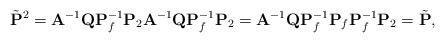
LaTeX: \begin{align*} \tilde{\mathbf{P}}^2= \mathbf{A}^{-1}\mathbf{Q}\mathbf{P}^{-1}_f \mathbf{P}_2 \mathbf{A}^{-1}\mathbf{Q}\mathbf{P}^{-1}_f \mathbf{P}_2=\mathbf{A}^{-1}\mathbf{Q}\mathbf{P}^{-1}_f \mathbf{P}_f \mathbf{P}^{-1}_f \mathbf{P}_2=\tilde{\mathbf{P}}, \end{align*}